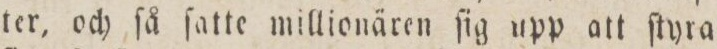
ter, och ſå ſatte millionären ſig upp att ſtyra